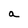
Character: a